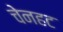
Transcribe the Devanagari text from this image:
चेनहट